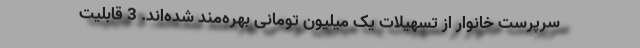
سرپرست خانوار از تسهیلات یک میلیون تومانی بهره‌مند شده‌اند. 3 قابلیت